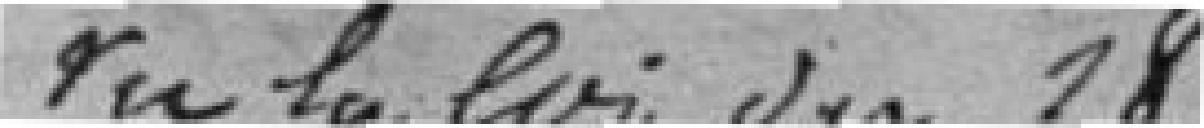
Vu la loi du 18